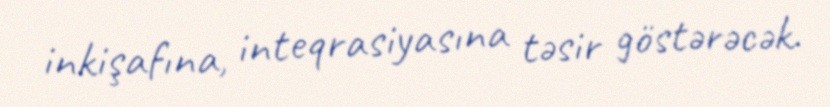
inkişafına, inteqrasiyasına təsir göstərəcək.